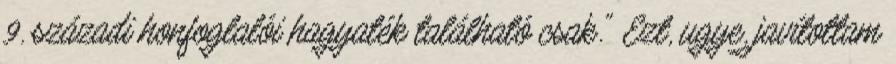
9. századi honfoglalói hagyaték található csak." Ezt, ugye, javítottam